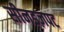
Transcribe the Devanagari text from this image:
सीनडज़पट